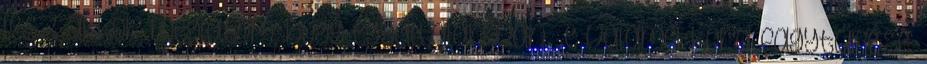
lesz akkor meglátom, hogy egyáltalán van -e valamekkora fagytűrése.